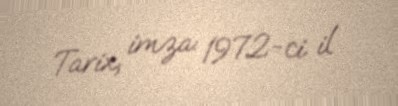
Tarix, imza: 1972-ci il